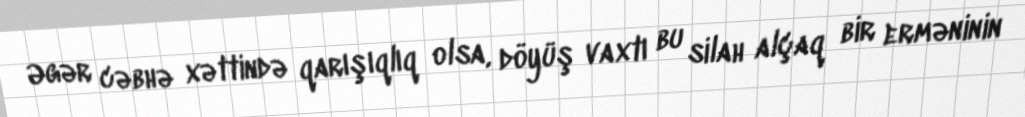
Əgər cəbhə xəttində qarışıqlıq olsa, döyüş vaxtı bu silah alçaq bir erməninin